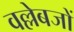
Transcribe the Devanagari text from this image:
वल्लेबजों